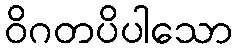
ဝိဂတပိပါသော